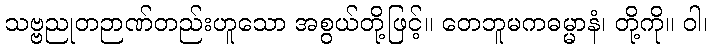
သဗ္ဗညုတဉာဏ်တည်းဟူသော အစွယ်တို့ဖြင့်။ တေဘူမကဓမ္မာနံ၊ တို့ကို။ ဝါ၊